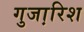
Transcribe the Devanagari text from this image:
गुजा़रिश